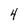
Character: 4